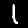
Digit: 1